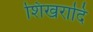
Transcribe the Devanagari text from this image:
शिखरादि